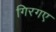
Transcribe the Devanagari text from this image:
गिरगए